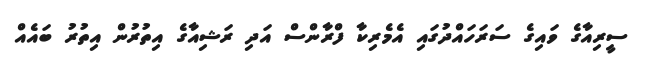
ސީރިއާގެ ވައިގެ ސަރަހައްދުގައި އެމެރިކާ ފްރާންސް އަދި ރަޝިއާގެ އިތުރުން އިތުރު ބައެއް